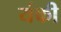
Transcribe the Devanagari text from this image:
यंकी